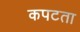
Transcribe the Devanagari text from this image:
कपटता